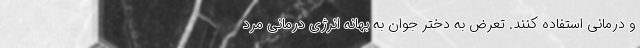
و درمانی استفاده کنند. تعرض به دختر جوان به بهانه انرژی درمانی مرد